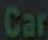
Car